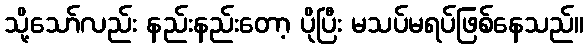
သို့သော်လည်း နည်းနည်းတော့ ပိုပြီး မသပ်မရပ်ဖြစ်နေသည်။